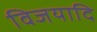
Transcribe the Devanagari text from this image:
विजयादि